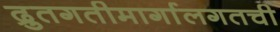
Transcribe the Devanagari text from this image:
द्रुतगतीमार्गालगतची